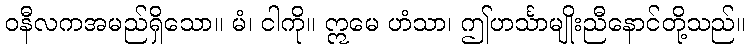
ဝနီလကအမည်ရှိသော။ မံ၊ ငါကို။ ဣမေ ဟံသာ၊ ဤဟင်္သာမျိုးညီနောင်တို့သည်။